Riigikantselei, lk 23
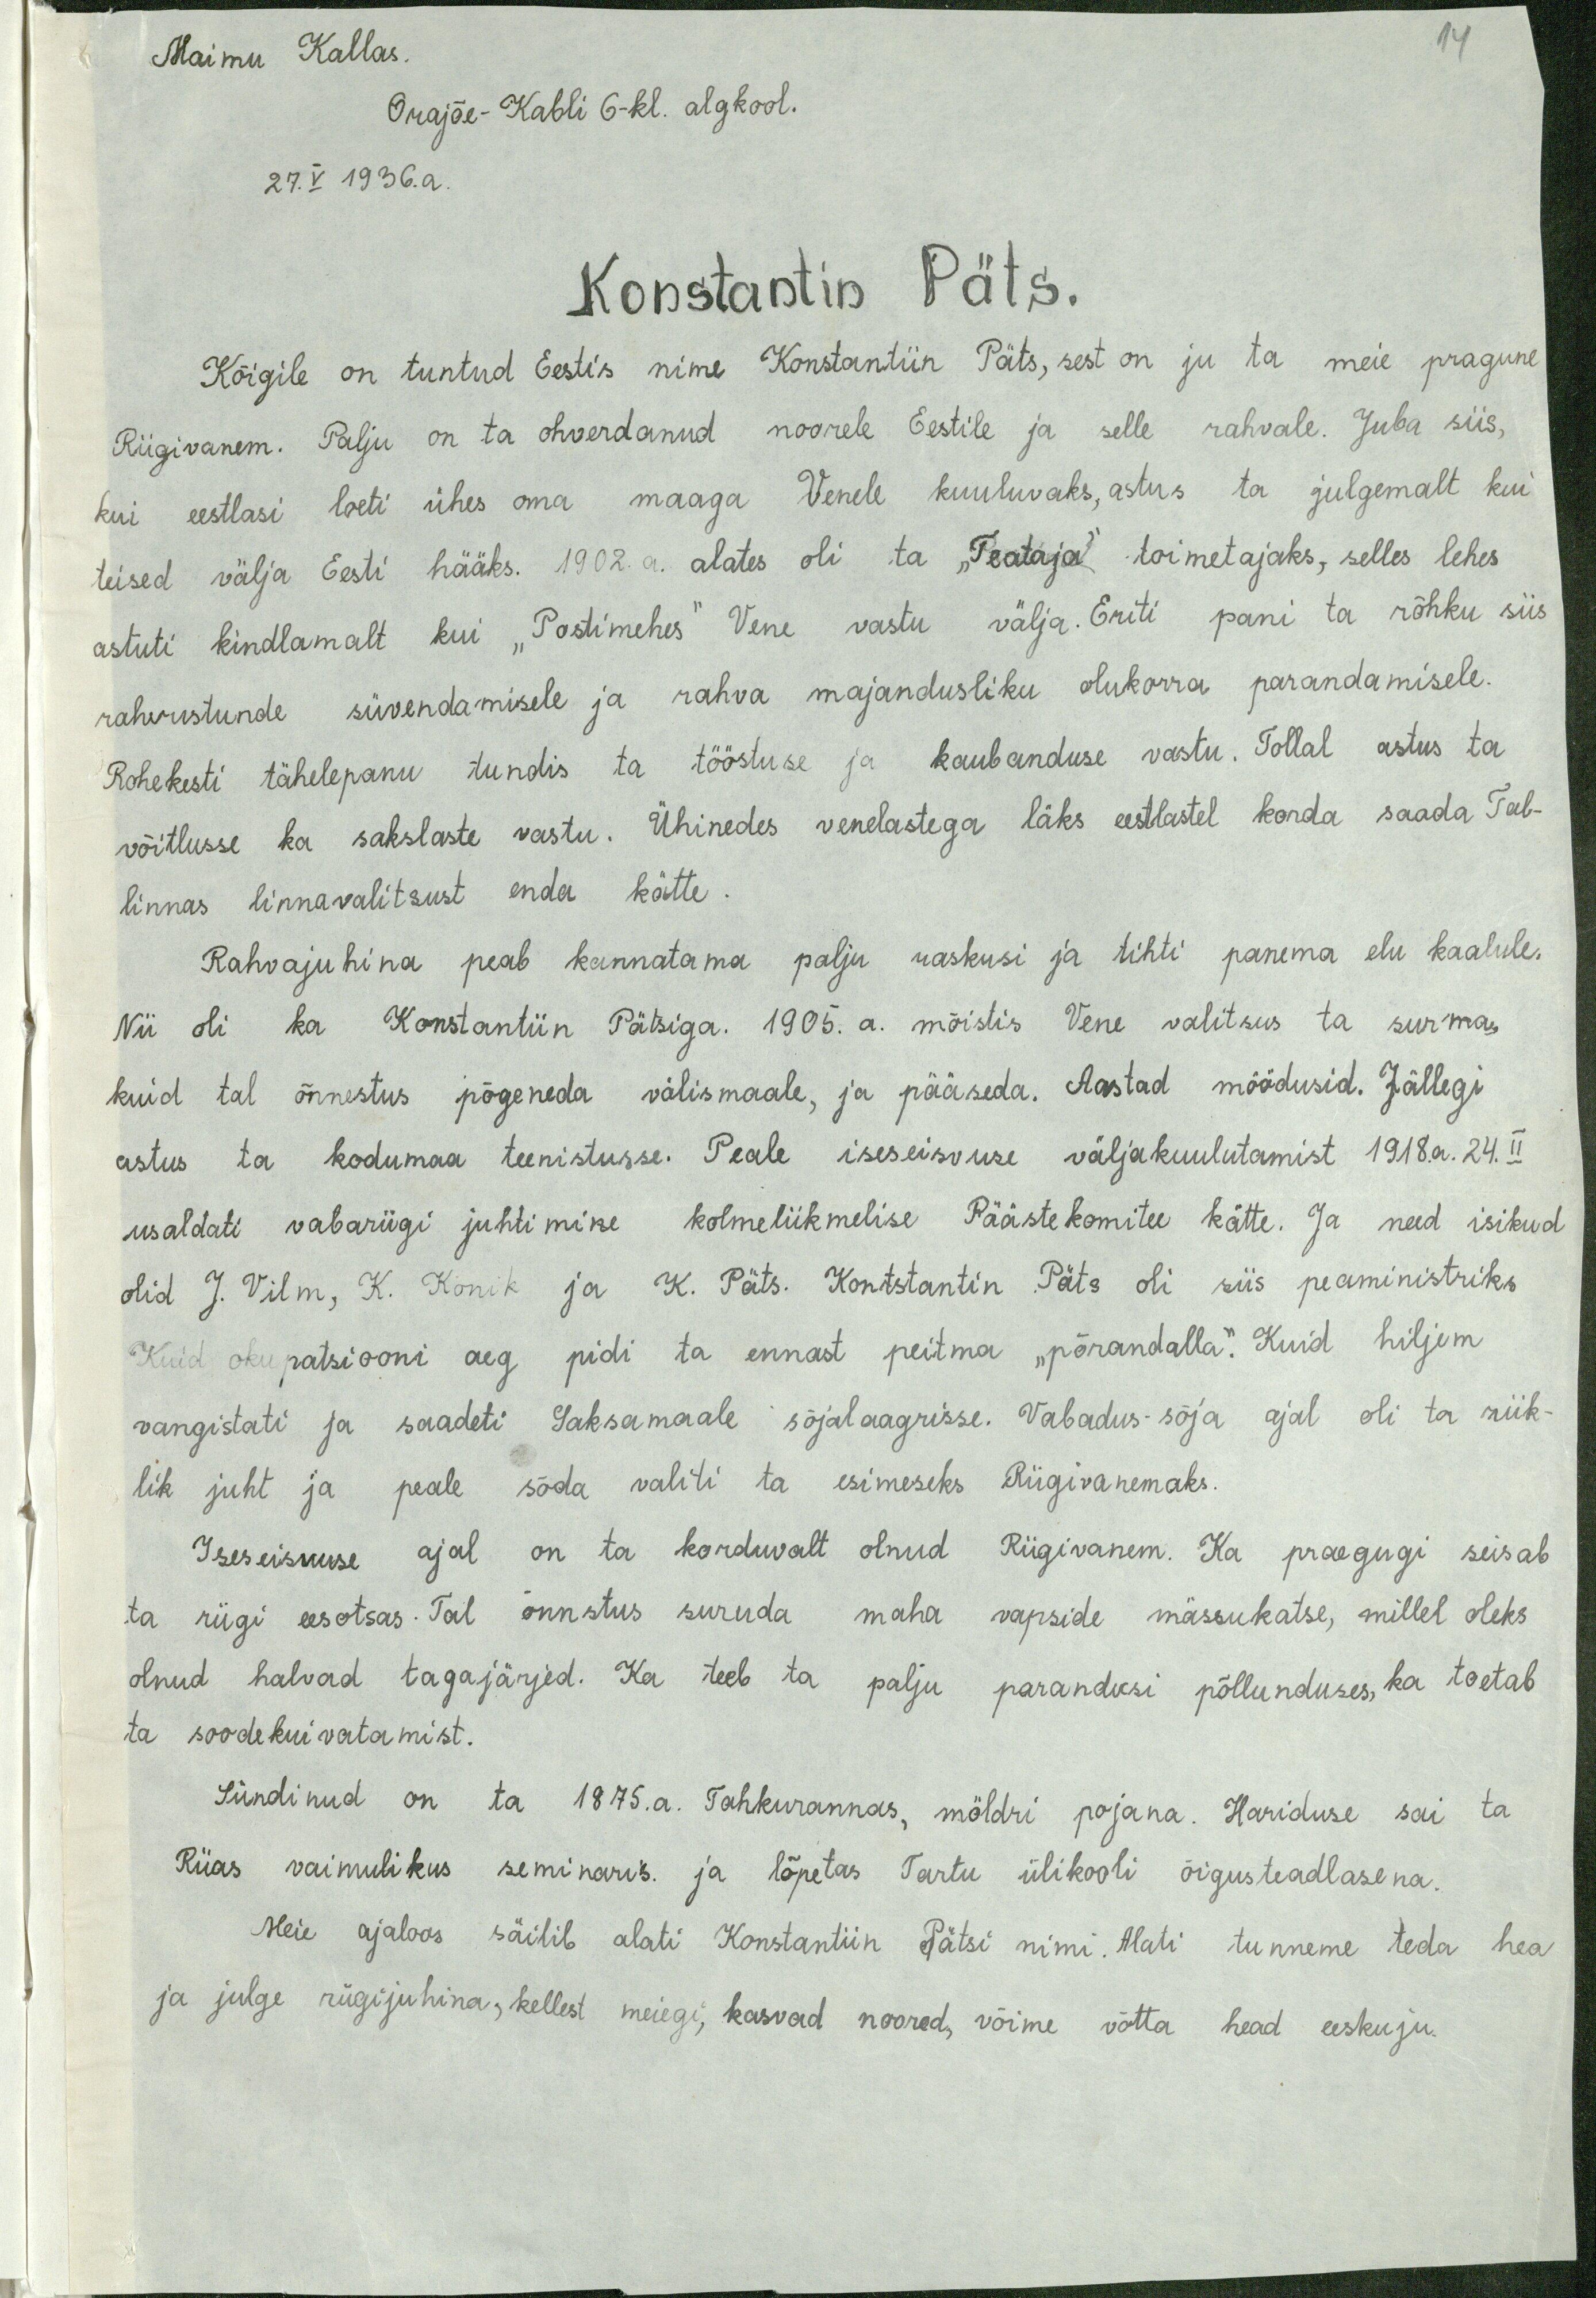
14

Maimu Kallas
Orajõe- Kabli 6-kl. algkool.
27. V 1936. a
Konstantin Päts.
Kõigile on tuntud Eestis nime Konstantiin Päts, sest on ju ta meie pragune
Riigivanem. Palju on ta ohverdanud noorele Eestile ja selle rahvale. Juba siis,
kui eestlasi loeti ühes oma maaga Venele kuuluvaks, astus ta julgemalt kui
teised välja Eesti hääks. 1902. a. alates oli ta "Teataja" toimetajaks, selles lehes
astuti kindlamalt kui "Postimehes" Vene vastu välja. Eriti pani ta rõhku siis
rahvustunde süvendamisele ja rahva majandusliku olukorra parandamisele.
Rohekesti tähelepanu tundis ta tööstuse ja kaubanduse vastu. Tollal astus ta
võitlusse ka sakslaste vastu. Ühinedes venelastega läks eestlastel korda saada Tal-
linnas linnavalitsust enda kätte
Rahvajuhina peab kannatama palju raskusi ja tihti panema elu kaalule.
Nii oli ka Konstantiin Pätsiga. 1905. a. mõistis Vene valitsus ta surma,
kuid tal õnnestus põgeneda välismaale, ja pääseda. Aastad möödusid. Jällegi
astus ta kodumaa teenistusse. Peale iseseisvuse väljakuulutamist 1918.a. 24. II
usaldati vabariigi juhtimine kolmelikmelise Päästekomitee kätte. Ja need isikud
olid J. Vilm, K. Konik ja K. Päts. Kontstantin Päts oli siis peaministriks
Kuid okupatsiooni aeg pidi ta ennast peitma "põrandalla." Kuid hiljem
vangistati ja saadeti Saksamaale sõjalaagrisse. Vabadus-sõja ajal oli ta riik-
lik juht ja peale sõda valiti ta esimiseks Riigivanemaks.
Iseseisvuse ajal on ta korduvalt olnud Riigivanem. Ka praegugi seisab
ta riigi eesotsas. Tal õnnstus suruda maha vapside mässukatse, millel oleks
olnud halvad tagajärjed. Ka teeb ta palju parandusi põllunduses, ka toetab
ta soodekuivatamist.
Sündinud on ta 1875. a. Tahkurannas, möldri pojana. Hariduse sai ta
Riias vaimulikus seminaris. ja lõpetas Tartu ülikooli õigusteadlasena.
Meie ajaloos säilib alati Konstantiin Pätsi nimi. Alati tunneme teda hea
ja julge riigijuhina, kellest meiegi, kasvad noored, võime võtta head eeskuju.